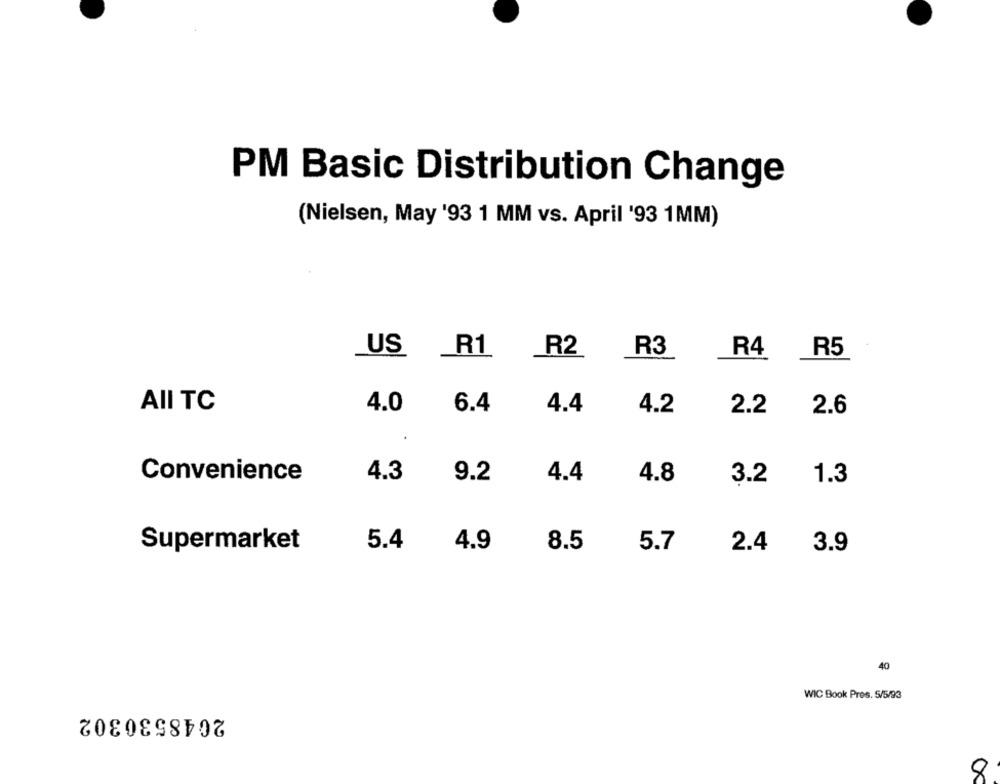
PM Basic Distribution Change
(Nielsen, May '93 1 MM vs. April '93 1MM)
US
R1
R2
R3
R4
R5
AII TC
4.0
6.4
4.4
4.2
2.2
2.6
Convenience
4.3
9.2
4.4
4.8
1.3
3.2
5.4
4.9
8.5
5.7
2.4
3.9
Supermarket
40
WIC Book Pres. 5/5/93
2048530302
8